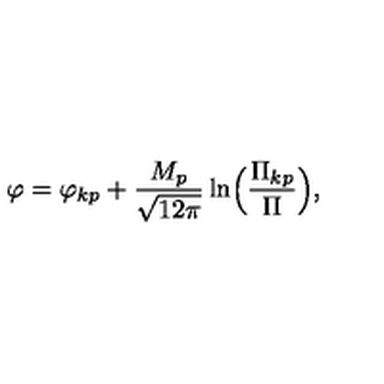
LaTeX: \varphi = { \varphi _ { k p } } + \frac { M _ { p } } { \sqrt { 1 2 \pi } } \ln \Bigl ( \frac { { \Pi } _ { k p } } { \Pi } \Bigr ) ,